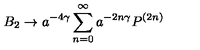
B _ { 2 } \rightarrow a ^ { - 4 \gamma } \sum _ { n = 0 } ^ { \infty } a ^ { - 2 n \gamma } P ^ { ( 2 n ) }